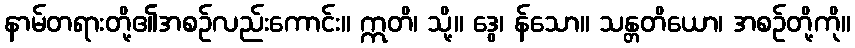
နာမ်တရားတို့၏အစဉ်လည်းကောင်း။ ဣတိ၊ သို့။ ဒွေ၊ န်သော။ သန္တတိယော၊ အစဉ်တို့ကို။